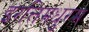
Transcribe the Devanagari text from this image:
इरत्तिमधुरम